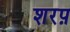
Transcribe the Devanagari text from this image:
शरप़